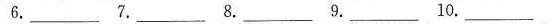
6.___ 7.___ 8.___ 9.___ 10.___